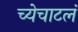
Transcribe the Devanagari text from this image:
च्येचाटलं